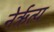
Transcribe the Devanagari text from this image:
नेर्ऋत्य